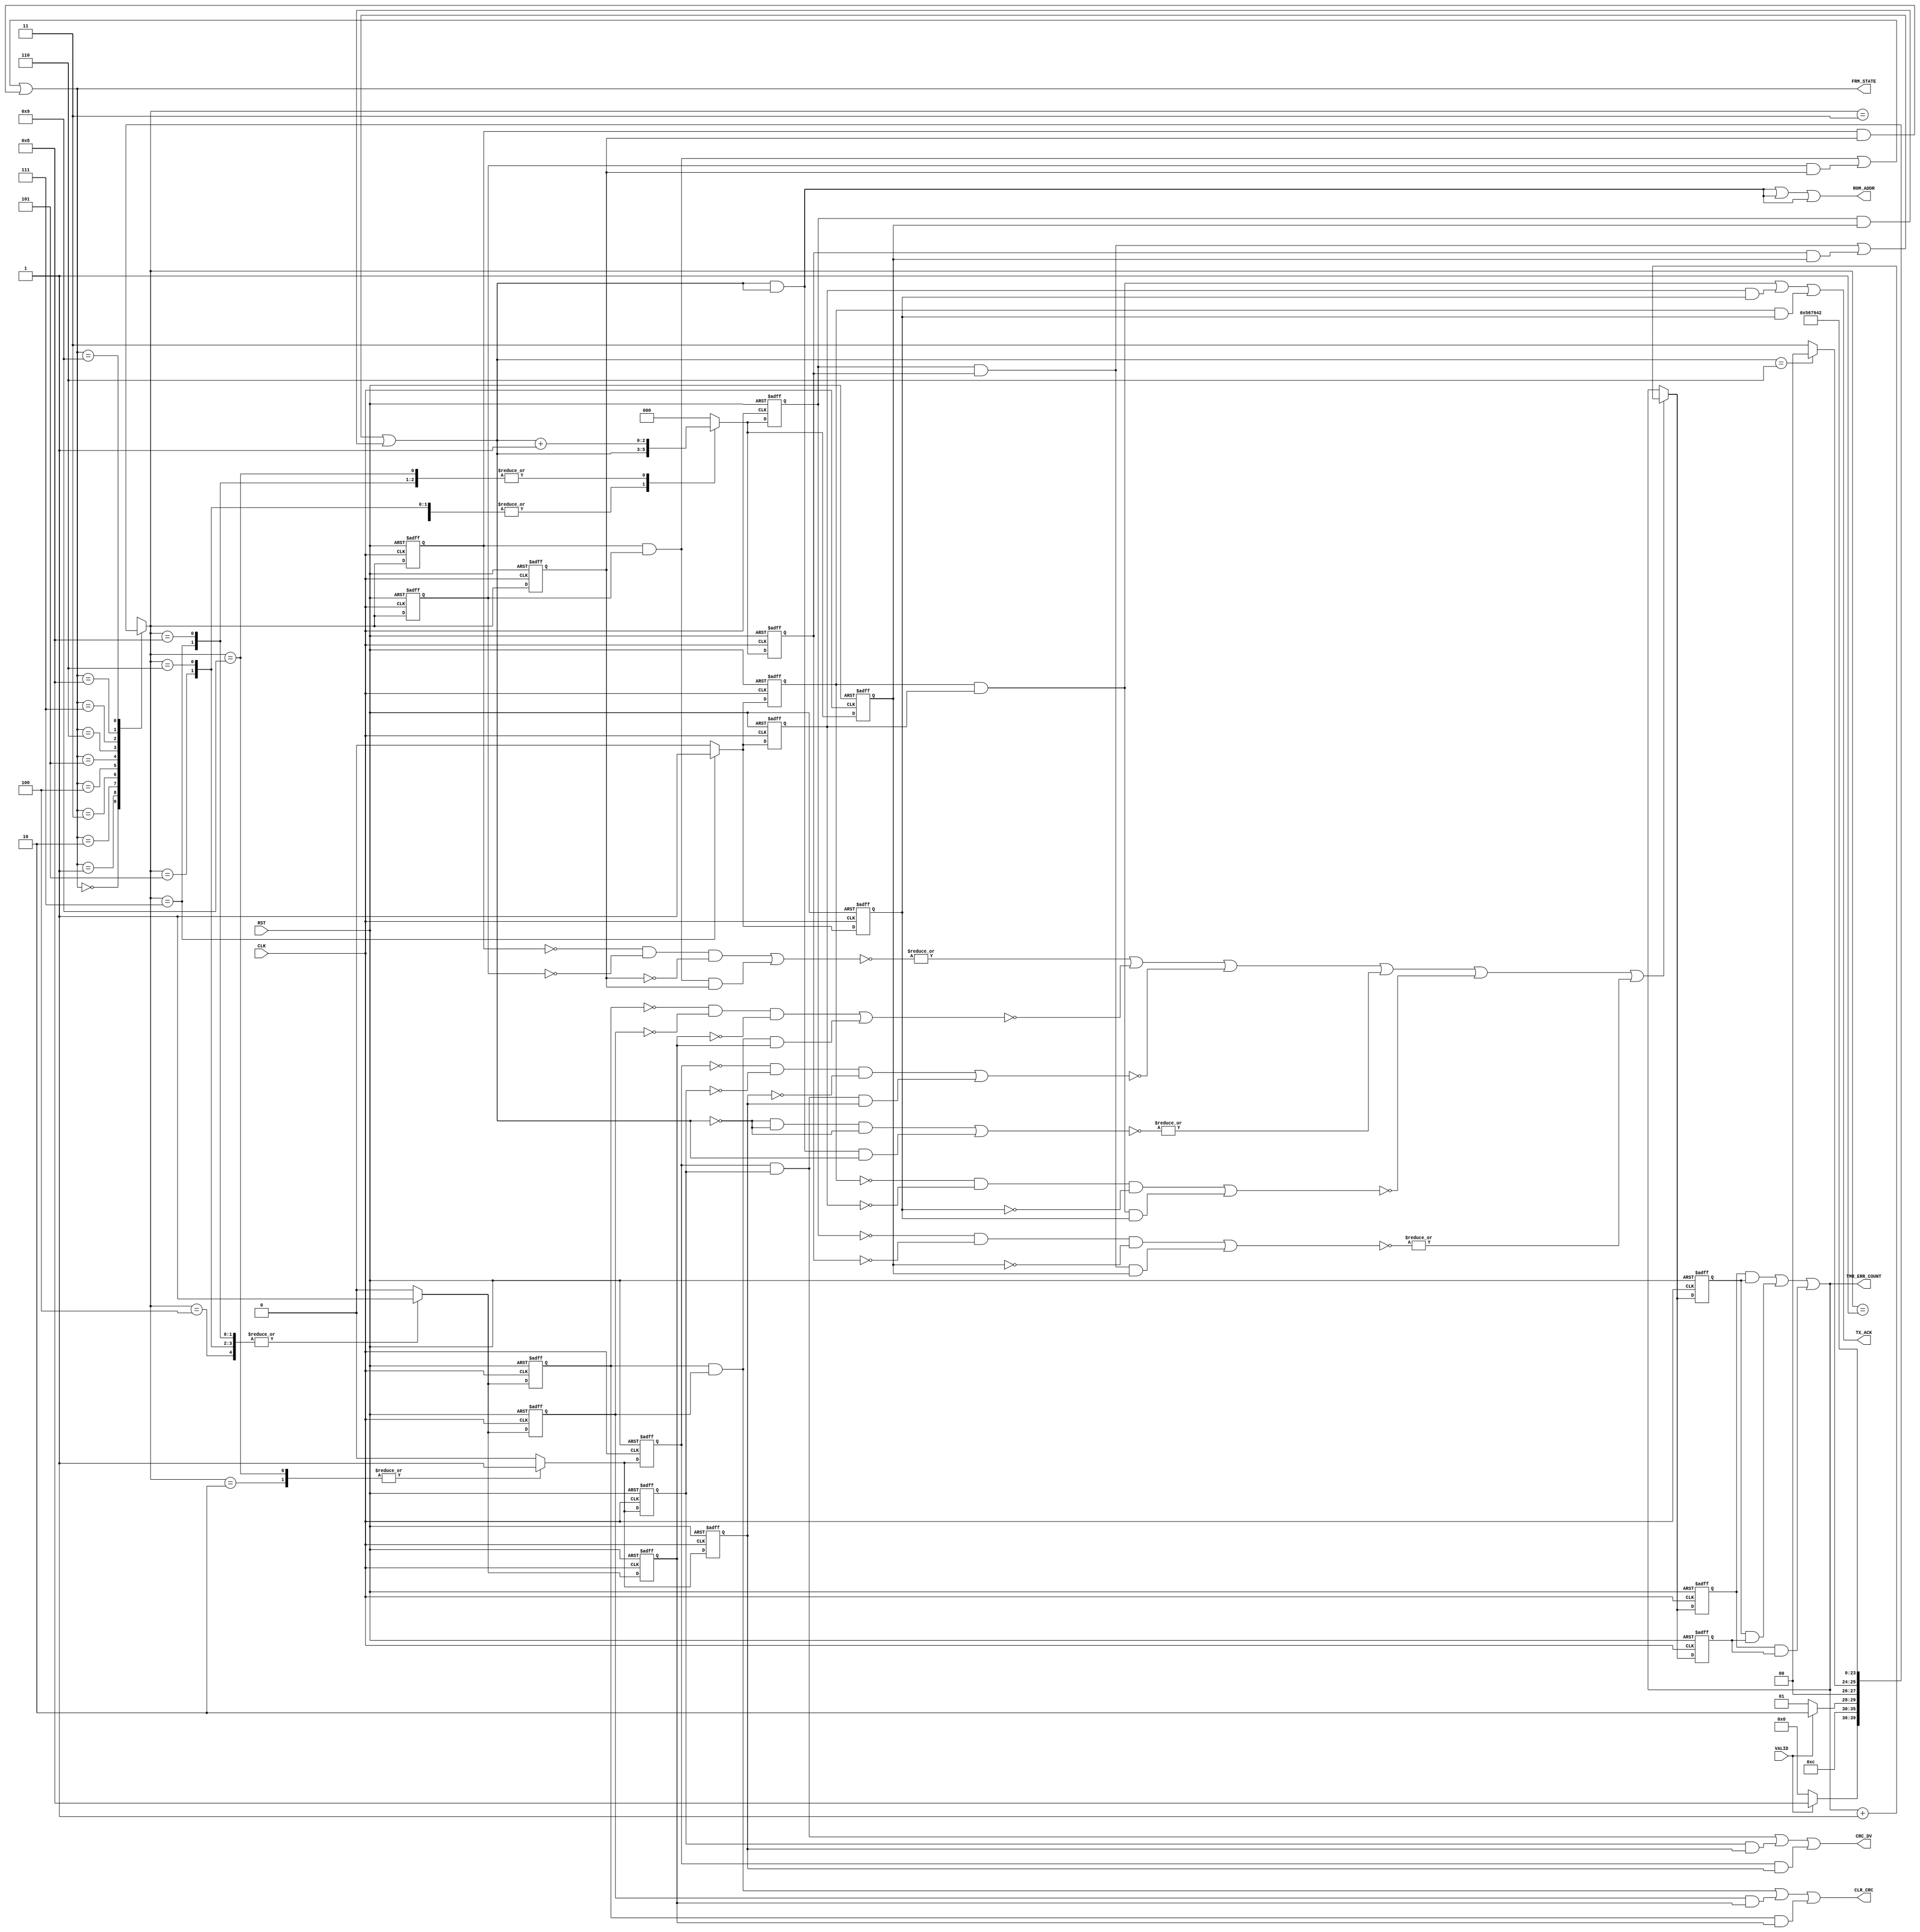

// Created by fizzim_tmr.pl version $Revision: 4.44 on 2014:08:26 at 14:34:13 (www.fizzim.com)

module Frame_Proc_FSM_TMR_Err_Det (
  output CLR_CRC,
  output CRC_DV,
  output wire [2:0] ROM_ADDR,
  output TX_ACK,
  output wire [3:0] FRM_STATE,
  output wire [15:0] TMR_ERR_COUNT,
  input CLK,
  input RST,
  input VALID 
);

  // state bits
  parameter 
  Idle       = 4'b0000, 
  CRC        = 4'b0001, 
  Data       = 4'b0010, 
  EOP        = 4'b0011, 
  Preamble_1 = 4'b0100, 
  Preamble_2 = 4'b0101, 
  Preamble_3 = 4'b0110, 
  SOF_TX_Ack = 4'b0111, 
  SOP        = 4'b1000, 
  Strt_Data  = 4'b1001; 

  (* syn_preserve = "true" *) reg [3:0] state_1;
  (* syn_preserve = "true" *) reg [3:0] state_2;
  (* syn_preserve = "true" *) reg [3:0] state_3;

  (* syn_keep = "true" *) wire [3:0] voted_state_1;
  (* syn_keep = "true" *) wire [3:0] voted_state_2;
  (* syn_keep = "true" *) wire [3:0] voted_state_3;

  (* syn_keep = "true" *) wire err_det_state_1;
  (* syn_keep = "true" *) wire err_det_state_2;
  (* syn_keep = "true" *) wire err_det_state_3;

  (* syn_preserve = "true" *) reg [15:0] ed_cnt_1;
  (* syn_preserve = "true" *) reg [15:0] ed_cnt_2;
  (* syn_preserve = "true" *) reg [15:0] ed_cnt_3;

  (* syn_keep = "true" *) wire [15:0] voted_ed_cnt_1;
  (* syn_keep = "true" *) wire [15:0] voted_ed_cnt_2;
  (* syn_keep = "true" *) wire [15:0] voted_ed_cnt_3;

  assign voted_state_1    = (state_1    & state_2   ) | (state_2    & state_3   ) | (state_1    & state_3   ); // Majority logic
  assign voted_state_2    = (state_1    & state_2   ) | (state_2    & state_3   ) | (state_1    & state_3   ); // Majority logic
  assign voted_state_3    = (state_1    & state_2   ) | (state_2    & state_3   ) | (state_1    & state_3   ); // Majority logic

  assign err_det_state_1    = |(~((~state_1    & ~state_2    & ~state_3   ) | (state_1    & state_2    & state_3   ))); // error detection logic
  assign err_det_state_2    = |(~((~state_1    & ~state_2    & ~state_3   ) | (state_1    & state_2    & state_3   ))); // error detection logic
  assign err_det_state_3    = |(~((~state_1    & ~state_2    & ~state_3   ) | (state_1    & state_2    & state_3   ))); // error detection logic

  assign voted_ed_cnt_1   = (ed_cnt_1   & ed_cnt_2  ) | (ed_cnt_2   & ed_cnt_3  ) | (ed_cnt_1   & ed_cnt_3  ); // Majority logic
  assign voted_ed_cnt_2   = (ed_cnt_1   & ed_cnt_2  ) | (ed_cnt_2   & ed_cnt_3  ) | (ed_cnt_1   & ed_cnt_3  ); // Majority logic
  assign voted_ed_cnt_3   = (ed_cnt_1   & ed_cnt_2  ) | (ed_cnt_2   & ed_cnt_3  ) | (ed_cnt_1   & ed_cnt_3  ); // Majority logic

  assign FRM_STATE = voted_state_1;
  assign TMR_ERR_COUNT = voted_ed_cnt_1;

  (* syn_keep = "true" *) reg [3:0] nextstate_1;
  (* syn_keep = "true" *) reg [3:0] nextstate_2;
  (* syn_keep = "true" *) reg [3:0] nextstate_3;

  (* syn_preserve = "true" *)  reg CLR_CRC_1;
  (* syn_preserve = "true" *)  reg CLR_CRC_2;
  (* syn_preserve = "true" *)  reg CLR_CRC_3;
  (* syn_preserve = "true" *)  reg CRC_DV_1;
  (* syn_preserve = "true" *)  reg CRC_DV_2;
  (* syn_preserve = "true" *)  reg CRC_DV_3;
  (* syn_preserve = "true" *)  reg [2:0] ROM_ADDR_1;
  (* syn_preserve = "true" *)  reg [2:0] ROM_ADDR_2;
  (* syn_preserve = "true" *)  reg [2:0] ROM_ADDR_3;
  (* syn_preserve = "true" *)  reg TX_ACK_1;
  (* syn_preserve = "true" *)  reg TX_ACK_2;
  (* syn_preserve = "true" *)  reg TX_ACK_3;
  (* syn_preserve = "true" *)  reg [2:0] addr_1;
  (* syn_preserve = "true" *)  reg [2:0] addr_2;
  (* syn_preserve = "true" *)  reg [2:0] addr_3;
  (* syn_keep = "true" *)      wire [2:0] voted_addr_1;
  (* syn_keep = "true" *)      wire [2:0] voted_addr_2;
  (* syn_keep = "true" *)      wire [2:0] voted_addr_3;
  (* syn_keep = "true" *)  wire err_det_CLR_CRC_1;
  (* syn_keep = "true" *)  wire err_det_CLR_CRC_2;
  (* syn_keep = "true" *)  wire err_det_CLR_CRC_3;
  (* syn_keep = "true" *)  wire err_det_CRC_DV_1;
  (* syn_keep = "true" *)  wire err_det_CRC_DV_2;
  (* syn_keep = "true" *)  wire err_det_CRC_DV_3;
  (* syn_keep = "true" *)  wire err_det_ROM_ADDR_1;
  (* syn_keep = "true" *)  wire err_det_ROM_ADDR_2;
  (* syn_keep = "true" *)  wire err_det_ROM_ADDR_3;
  (* syn_keep = "true" *)  wire err_det_TX_ACK_1;
  (* syn_keep = "true" *)  wire err_det_TX_ACK_2;
  (* syn_keep = "true" *)  wire err_det_TX_ACK_3;
  (* syn_keep = "true" *)  wire err_det_addr_1;
  (* syn_keep = "true" *)  wire err_det_addr_2;
  (* syn_keep = "true" *)  wire err_det_addr_3;
  (* syn_keep = "true" *)  wire err_det_1;
  (* syn_keep = "true" *)  wire err_det_2;
  (* syn_keep = "true" *)  wire err_det_3;

  // Assignment of outputs and flags to voted majority logic of replicated registers
  assign CLR_CRC  = (CLR_CRC_1  & CLR_CRC_2 ) | (CLR_CRC_2  & CLR_CRC_3 ) | (CLR_CRC_1  & CLR_CRC_3 ); // Majority logic
  assign CRC_DV   = (CRC_DV_1   & CRC_DV_2  ) | (CRC_DV_2   & CRC_DV_3  ) | (CRC_DV_1   & CRC_DV_3  ); // Majority logic
  assign ROM_ADDR = (ROM_ADDR_1 & ROM_ADDR_2) | (ROM_ADDR_2 & ROM_ADDR_3) | (ROM_ADDR_1 & ROM_ADDR_3); // Majority logic
  assign TX_ACK   = (TX_ACK_1   & TX_ACK_2  ) | (TX_ACK_2   & TX_ACK_3  ) | (TX_ACK_1   & TX_ACK_3  ); // Majority logic
  assign voted_addr_1     = (addr_1     & addr_2    ) | (addr_2     & addr_3    ) | (addr_1     & addr_3    ); // Majority logic
  assign voted_addr_2     = (addr_1     & addr_2    ) | (addr_2     & addr_3    ) | (addr_1     & addr_3    ); // Majority logic
  assign voted_addr_3     = (addr_1     & addr_2    ) | (addr_2     & addr_3    ) | (addr_1     & addr_3    ); // Majority logic

  // Assignment of error detection logic to replicated signals
  assign err_det_CLR_CRC_1  =  (~((~CLR_CRC_1  & ~CLR_CRC_2  & ~CLR_CRC_3 ) | (CLR_CRC_1  & CLR_CRC_2  & CLR_CRC_3 ))); // error detection logic
  assign err_det_CLR_CRC_2  =  (~((~CLR_CRC_1  & ~CLR_CRC_2  & ~CLR_CRC_3 ) | (CLR_CRC_1  & CLR_CRC_2  & CLR_CRC_3 ))); // error detection logic
  assign err_det_CLR_CRC_3  =  (~((~CLR_CRC_1  & ~CLR_CRC_2  & ~CLR_CRC_3 ) | (CLR_CRC_1  & CLR_CRC_2  & CLR_CRC_3 ))); // error detection logic
  assign err_det_CRC_DV_1   =  (~((~CRC_DV_1   & ~CRC_DV_2   & ~CRC_DV_3  ) | (CRC_DV_1   & CRC_DV_2   & CRC_DV_3  ))); // error detection logic
  assign err_det_CRC_DV_2   =  (~((~CRC_DV_1   & ~CRC_DV_2   & ~CRC_DV_3  ) | (CRC_DV_1   & CRC_DV_2   & CRC_DV_3  ))); // error detection logic
  assign err_det_CRC_DV_3   =  (~((~CRC_DV_1   & ~CRC_DV_2   & ~CRC_DV_3  ) | (CRC_DV_1   & CRC_DV_2   & CRC_DV_3  ))); // error detection logic
  assign err_det_ROM_ADDR_1 = |(~((~ROM_ADDR_1 & ~ROM_ADDR_2 & ~ROM_ADDR_3) | (ROM_ADDR_1 & ROM_ADDR_2 & ROM_ADDR_3))); // error detection logic
  assign err_det_ROM_ADDR_2 = |(~((~ROM_ADDR_1 & ~ROM_ADDR_2 & ~ROM_ADDR_3) | (ROM_ADDR_1 & ROM_ADDR_2 & ROM_ADDR_3))); // error detection logic
  assign err_det_ROM_ADDR_3 = |(~((~ROM_ADDR_1 & ~ROM_ADDR_2 & ~ROM_ADDR_3) | (ROM_ADDR_1 & ROM_ADDR_2 & ROM_ADDR_3))); // error detection logic
  assign err_det_TX_ACK_1   =  (~((~TX_ACK_1   & ~TX_ACK_2   & ~TX_ACK_3  ) | (TX_ACK_1   & TX_ACK_2   & TX_ACK_3  ))); // error detection logic
  assign err_det_TX_ACK_2   =  (~((~TX_ACK_1   & ~TX_ACK_2   & ~TX_ACK_3  ) | (TX_ACK_1   & TX_ACK_2   & TX_ACK_3  ))); // error detection logic
  assign err_det_TX_ACK_3   =  (~((~TX_ACK_1   & ~TX_ACK_2   & ~TX_ACK_3  ) | (TX_ACK_1   & TX_ACK_2   & TX_ACK_3  ))); // error detection logic
  assign err_det_addr_1     = |(~((~addr_1     & ~addr_2     & ~addr_3    ) | (addr_1     & addr_2     & addr_3    ))); // error detection logic
  assign err_det_addr_2     = |(~((~addr_1     & ~addr_2     & ~addr_3    ) | (addr_1     & addr_2     & addr_3    ))); // error detection logic
  assign err_det_addr_3     = |(~((~addr_1     & ~addr_2     & ~addr_3    ) | (addr_1     & addr_2     & addr_3    ))); // error detection logic


  // Assign 'OR' of all error detection signals
  assign err_det_1 = err_det_state_1   | err_det_CLR_CRC_1   | err_det_CRC_DV_1   | err_det_ROM_ADDR_1   | err_det_TX_ACK_1   | err_det_addr_1  ;
  assign err_det_2 = err_det_state_2   | err_det_CLR_CRC_2   | err_det_CRC_DV_2   | err_det_ROM_ADDR_2   | err_det_TX_ACK_2   | err_det_addr_2  ;
  assign err_det_3 = err_det_state_3   | err_det_CLR_CRC_3   | err_det_CRC_DV_3   | err_det_ROM_ADDR_3   | err_det_TX_ACK_3   | err_det_addr_3  ;

  // comb always block
  always @* begin
    nextstate_1 = 4'bxxxx; // default to x because default_state_is_x is set
    nextstate_2 = 4'bxxxx; // default to x because default_state_is_x is set
    nextstate_3 = 4'bxxxx; // default to x because default_state_is_x is set
    ROM_ADDR_1 = voted_addr_1; // default
    ROM_ADDR_2 = voted_addr_2; // default
    ROM_ADDR_3 = voted_addr_3; // default
    case (voted_state_1)
      Idle      : if (VALID)                 nextstate_1 = SOP;
                  else                       nextstate_1 = Idle;
      CRC       :                            nextstate_1 = EOP;
      Data      : if (!VALID)                nextstate_1 = CRC;
                  else                       nextstate_1 = Data;
      EOP       : if (voted_addr_1 == 3'd6)  nextstate_1 = Idle;
                  else                       nextstate_1 = EOP;
      Preamble_1:                            nextstate_1 = Preamble_2;
      Preamble_2:                            nextstate_1 = Preamble_3;
      Preamble_3:                            nextstate_1 = SOF_TX_Ack;
      SOF_TX_Ack:                            nextstate_1 = Strt_Data;
      SOP       :                            nextstate_1 = Preamble_1;
      Strt_Data :                            nextstate_1 = Data;
    endcase
    case (voted_state_2)
      Idle      : if (VALID)                 nextstate_2 = SOP;
                  else                       nextstate_2 = Idle;
      CRC       :                            nextstate_2 = EOP;
      Data      : if (!VALID)                nextstate_2 = CRC;
                  else                       nextstate_2 = Data;
      EOP       : if (voted_addr_2 == 3'd6)  nextstate_2 = Idle;
                  else                       nextstate_2 = EOP;
      Preamble_1:                            nextstate_2 = Preamble_2;
      Preamble_2:                            nextstate_2 = Preamble_3;
      Preamble_3:                            nextstate_2 = SOF_TX_Ack;
      SOF_TX_Ack:                            nextstate_2 = Strt_Data;
      SOP       :                            nextstate_2 = Preamble_1;
      Strt_Data :                            nextstate_2 = Data;
    endcase
    case (voted_state_3)
      Idle      : if (VALID)                 nextstate_3 = SOP;
                  else                       nextstate_3 = Idle;
      CRC       :                            nextstate_3 = EOP;
      Data      : if (!VALID)                nextstate_3 = CRC;
                  else                       nextstate_3 = Data;
      EOP       : if (voted_addr_3 == 3'd6)  nextstate_3 = Idle;
                  else                       nextstate_3 = EOP;
      Preamble_1:                            nextstate_3 = Preamble_2;
      Preamble_2:                            nextstate_3 = Preamble_3;
      Preamble_3:                            nextstate_3 = SOF_TX_Ack;
      SOF_TX_Ack:                            nextstate_3 = Strt_Data;
      SOP       :                            nextstate_3 = Preamble_1;
      Strt_Data :                            nextstate_3 = Data;
    endcase
  end

  // Assign reg'd outputs to state bits

  // sequential always block
  always @(posedge CLK or posedge RST) begin
    if (RST) begin
      state_1 <= Idle;
      state_2 <= Idle;
      state_3 <= Idle;
      ed_cnt_1 <= 0;
      ed_cnt_2 <= 0;
      ed_cnt_3 <= 0;
    end
    else begin
      state_1 <= nextstate_1;
      state_2 <= nextstate_2;
      state_3 <= nextstate_3;
      ed_cnt_1 <= err_det_1 ? voted_ed_cnt_1 + 1 : voted_ed_cnt_1;
      ed_cnt_2 <= err_det_2 ? voted_ed_cnt_2 + 1 : voted_ed_cnt_2;
      ed_cnt_3 <= err_det_3 ? voted_ed_cnt_3 + 1 : voted_ed_cnt_3;
    end
  end

  // datapath sequential always block
  always @(posedge CLK or posedge RST) begin
    if (RST) begin
      CLR_CRC_1 <= 0;
      CLR_CRC_2 <= 0;
      CLR_CRC_3 <= 0;
      CRC_DV_1 <= 0;
      CRC_DV_2 <= 0;
      CRC_DV_3 <= 0;
      TX_ACK_1 <= 0;
      TX_ACK_2 <= 0;
      TX_ACK_3 <= 0;
      addr_1 <= 3'd0;
      addr_2 <= 3'd0;
      addr_3 <= 3'd0;
    end
    else begin
      CLR_CRC_1 <= 0; // default
      CLR_CRC_2 <= 0; // default
      CLR_CRC_3 <= 0; // default
      CRC_DV_1 <= 0; // default
      CRC_DV_2 <= 0; // default
      CRC_DV_3 <= 0; // default
      TX_ACK_1 <= 0; // default
      TX_ACK_2 <= 0; // default
      TX_ACK_3 <= 0; // default
      addr_1 <= 3'd0; // default
      addr_2 <= 3'd0; // default
      addr_3 <= 3'd0; // default
      case (nextstate_1)
        CRC       :        addr_1 <= voted_addr_1;
        Data      : begin
                           CRC_DV_1 <= 1;
                           addr_1 <= voted_addr_1;
        end
        EOP       :        addr_1 <= voted_addr_1 + 1;
        Preamble_1: begin
                           CLR_CRC_1 <= 1;
                           addr_1 <= voted_addr_1 + 1;
        end
        Preamble_2: begin
                           CLR_CRC_1 <= 1;
                           addr_1 <= voted_addr_1;
        end
        Preamble_3: begin
                           CLR_CRC_1 <= 1;
                           addr_1 <= voted_addr_1;
        end
        SOF_TX_Ack: begin
                           CLR_CRC_1 <= 1;
                           TX_ACK_1 <= 1;
                           addr_1 <= voted_addr_1 + 1;
        end
        SOP       : begin
                           CLR_CRC_1 <= 1;
                           addr_1 <= voted_addr_1 + 1;
        end
        Strt_Data : begin
                           CRC_DV_1 <= 1;
                           addr_1 <= voted_addr_1 + 1;
        end
      endcase
      case (nextstate_2)
        CRC       :        addr_2 <= voted_addr_2;
        Data      : begin
                           CRC_DV_2 <= 1;
                           addr_2 <= voted_addr_2;
        end
        EOP       :        addr_2 <= voted_addr_2 + 1;
        Preamble_1: begin
                           CLR_CRC_2 <= 1;
                           addr_2 <= voted_addr_2 + 1;
        end
        Preamble_2: begin
                           CLR_CRC_2 <= 1;
                           addr_2 <= voted_addr_2;
        end
        Preamble_3: begin
                           CLR_CRC_2 <= 1;
                           addr_2 <= voted_addr_2;
        end
        SOF_TX_Ack: begin
                           CLR_CRC_2 <= 1;
                           TX_ACK_2 <= 1;
                           addr_2 <= voted_addr_2 + 1;
        end
        SOP       : begin
                           CLR_CRC_2 <= 1;
                           addr_2 <= voted_addr_2 + 1;
        end
        Strt_Data : begin
                           CRC_DV_2 <= 1;
                           addr_2 <= voted_addr_2 + 1;
        end
      endcase
      case (nextstate_3)
        CRC       :        addr_3 <= voted_addr_3;
        Data      : begin
                           CRC_DV_3 <= 1;
                           addr_3 <= voted_addr_3;
        end
        EOP       :        addr_3 <= voted_addr_3 + 1;
        Preamble_1: begin
                           CLR_CRC_3 <= 1;
                           addr_3 <= voted_addr_3 + 1;
        end
        Preamble_2: begin
                           CLR_CRC_3 <= 1;
                           addr_3 <= voted_addr_3;
        end
        Preamble_3: begin
                           CLR_CRC_3 <= 1;
                           addr_3 <= voted_addr_3;
        end
        SOF_TX_Ack: begin
                           CLR_CRC_3 <= 1;
                           TX_ACK_3 <= 1;
                           addr_3 <= voted_addr_3 + 1;
        end
        SOP       : begin
                           CLR_CRC_3 <= 1;
                           addr_3 <= voted_addr_3 + 1;
        end
        Strt_Data : begin
                           CRC_DV_3 <= 1;
                           addr_3 <= voted_addr_3 + 1;
        end
      endcase
    end
  end

  // This code allows you to see state names in simulation
  `ifndef SYNTHESIS
  reg [79:0] statename;
  always @* begin
    case (state_1)
      Idle      : statename = "Idle";
      CRC       : statename = "CRC";
      Data      : statename = "Data";
      EOP       : statename = "EOP";
      Preamble_1: statename = "Preamble_1";
      Preamble_2: statename = "Preamble_2";
      Preamble_3: statename = "Preamble_3";
      SOF_TX_Ack: statename = "SOF_TX_Ack";
      SOP       : statename = "SOP";
      Strt_Data : statename = "Strt_Data";
      default   : statename = "XXXXXXXXXX";
    endcase
  end
  `endif

endmodule